Leaving Certificate Examination, 1905
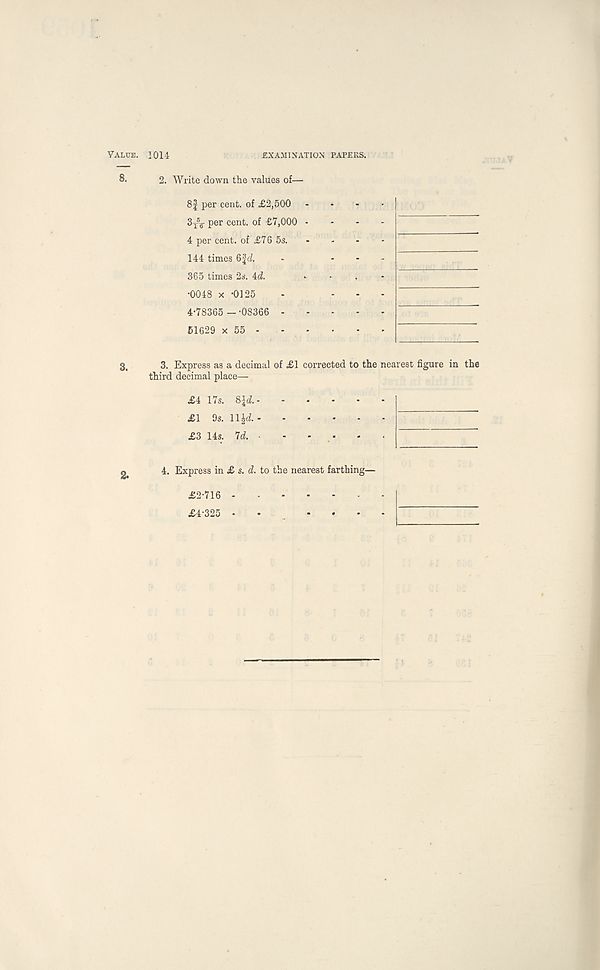
Value. 1014
EXAMINATION PAPERS.
8.
2. Write down the values of—
8f per cent, of £2,500
S j' g- per cent, of £7,000 ■
4 per cent, of £76 5s.
144 times 6fd.
365 times 26-. 4d.
•0048 x •0125
4-78365 --08366 -
61629 x 55 -
3.
3. Express as a decimal of £1 corrected to the nearest figure in the
third decimal place—
£4 17s. 8id.- - - -
£1 9s. ll|d.
£3 14s. 7d. ■ - -
- -
4. Express in £ s. d. to the nearest farthing—
£2-716
£4-325 • •
...